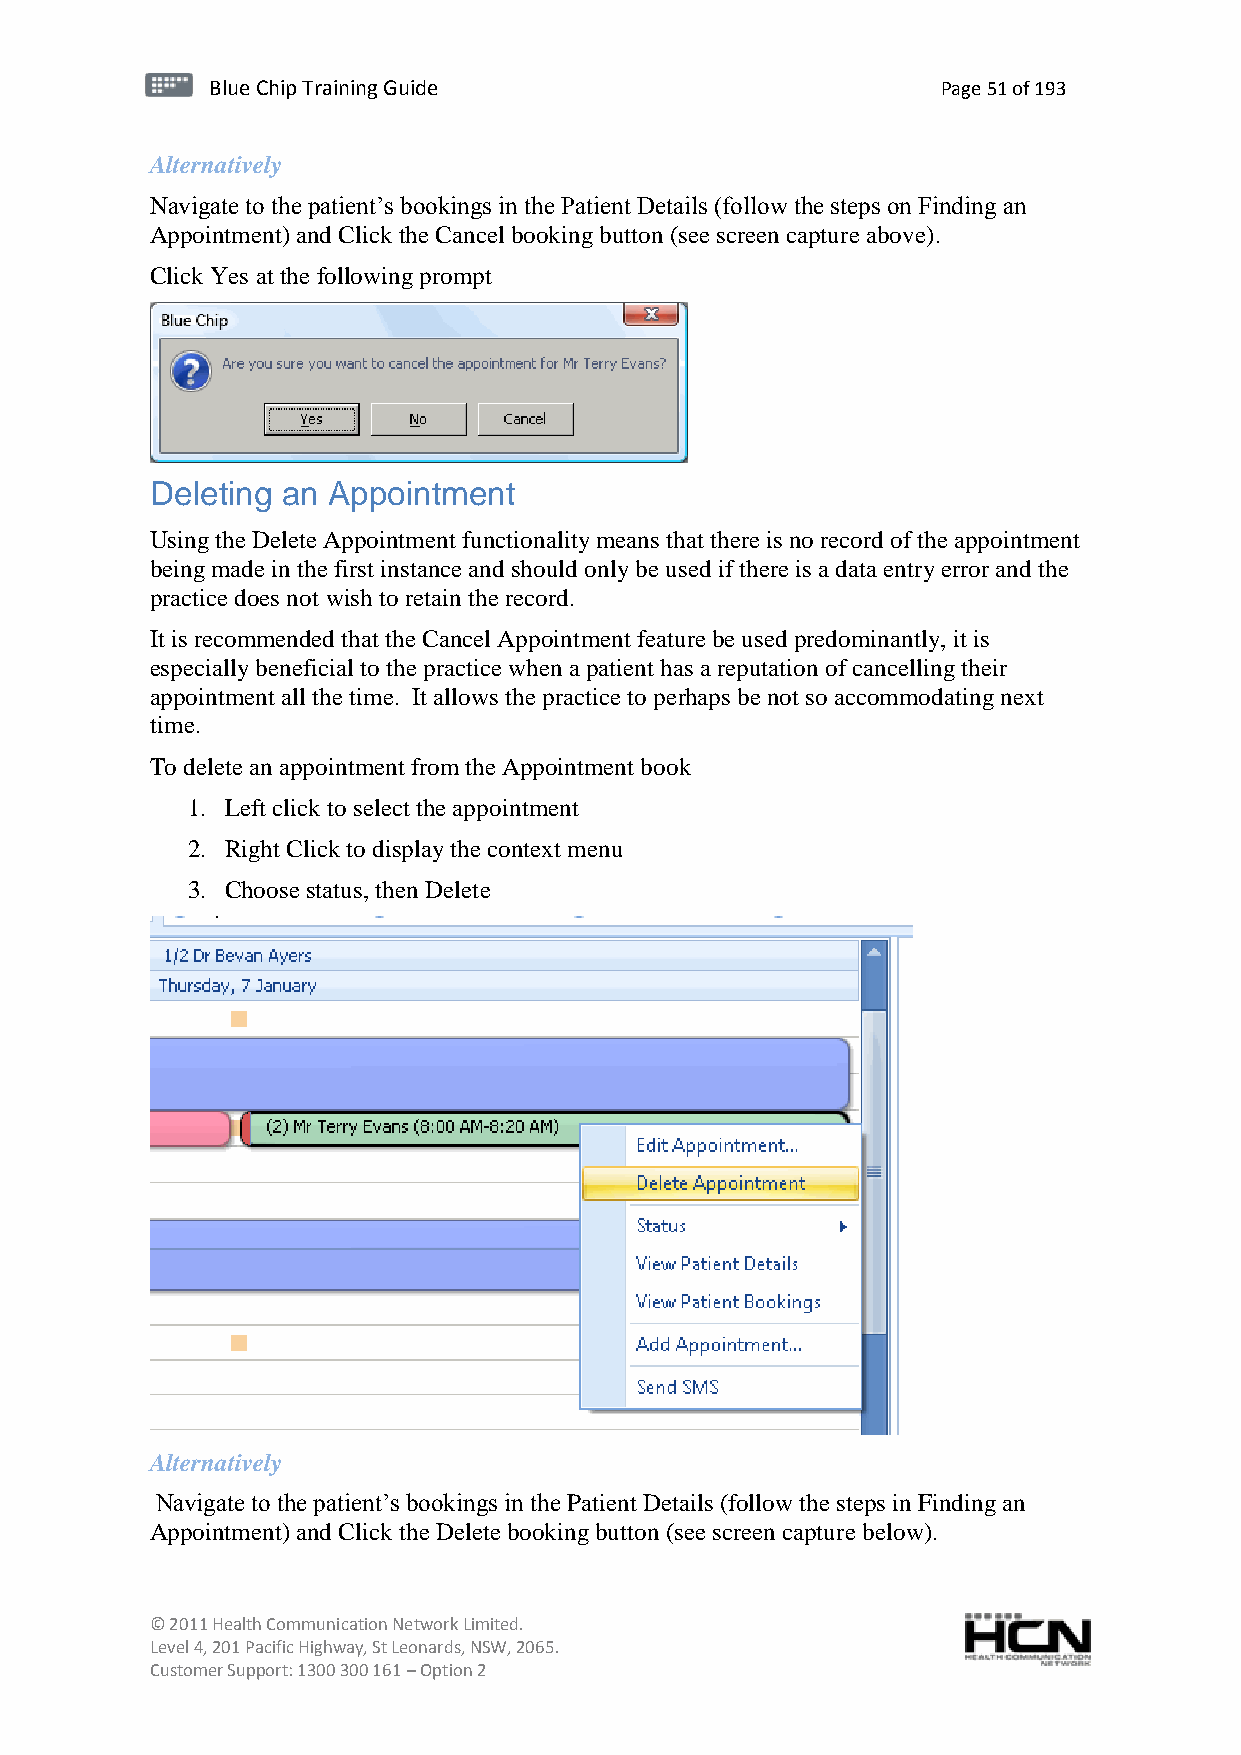
BBlluuee C Chihpi pTr Tairnainingi Gnugi dGeu ide Page 51 of 193
 Alternatively
 Navigate to the patient’s bookings in the Patient Details (follow the steps on Finding an
 Appointment) and Click the Cancel booking button (see screen capture above).
 Click Yes at the following prompt
 Deleting an Appointment
 Using the Delete Appointment functionality means that there is no record of the appointment
 being made in the first instance and should only be used if there is a data entry error and the
 practice does not wish to retain the record.
 It is recommended that the Cancel Appointment feature be used predominantly, it is
 especially beneficial to the practice when a patient has a reputation of cancelling their
 appointment all the time. It allows the practice to perhaps be not so accommodating next
 time.
 To delete an appointment from the Appointment book
 1. Left click to select the appointment
 2. Right Click to display the context menu
 3. Choose status, then Delete
 Alternatively
 Navigate to the patient’s bookings in the Patient Details (follow the steps in Finding an
 Appointment) and Click the Delete booking button (see screen capture below).
 © 2011 Health Communication Network Limited.
 Level 4, 201 Pacific Highway, St Leonards, NSW, 2065.
 Customer Support: 1300 300 161 – Option 2